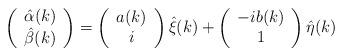
LaTeX: \begin{align*} \left( \begin{array}{c} \hat{\alpha}(k) \\ \hat{\beta}(k) \end{array} \right)= \left( \begin{array}{c} {a}(k) \\ i \end{array} \right) \hat{\xi}(k) + \left( \begin{array}{c} -i {b}(k) \\ 1 \end{array} \right) \hat{\eta}(k)\end{align*}